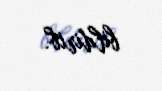
bildirib.